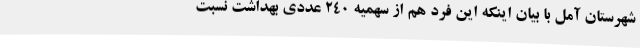
شهرستان آمل با بیان اینکه این فرد هم از سهمیه ۲۴۰ عددی بهداشت نسبت